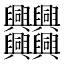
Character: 𠔻